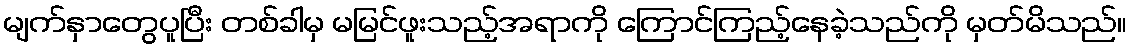
မျက်နှာတွေပူပြီး တစ်ခါမှ မမြင်ဖူးသည့်အရာကို ကြောင်ကြည့်နေခဲ့သည်ကို မှတ်မိသည်။